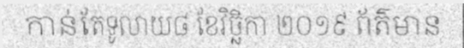
កាន់តែទូលាយ៨ ខែវិច្ឆិកា ២០១៩ ព័ត៌មាន